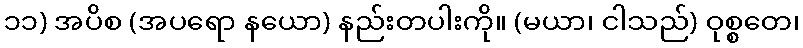
၁၁) အပိစ (အပရော နယော) နည်းတပါးကို။ (မယာ၊ ငါသည်) ဝုစ္စတေ၊